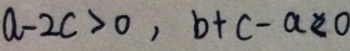
a - 2 c > 0 , b + c - a < 0